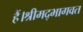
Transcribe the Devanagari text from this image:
हैं।श्रीमद्भागवत